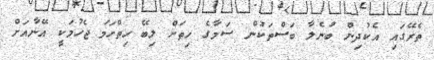
ތެރޭގައި އެކުދިން ބުނެލާ ބަސްތަކުން ސަމާގެ ހިތަށް ލިބޭ ހިތްހަމަ ޖެހުމަކީ އޭނާއަށް